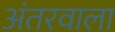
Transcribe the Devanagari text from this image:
अंतरवाला